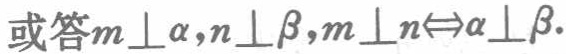
或答\(m\perp\alpha,n\perp\beta,m\perp n\Leftrightarrow\alpha\perp\beta\).